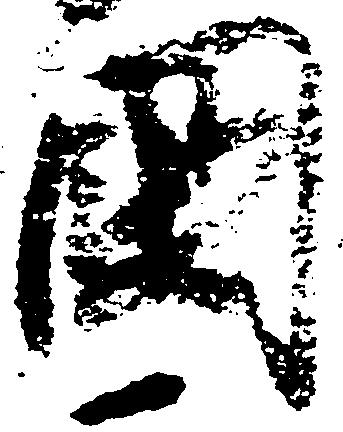
国